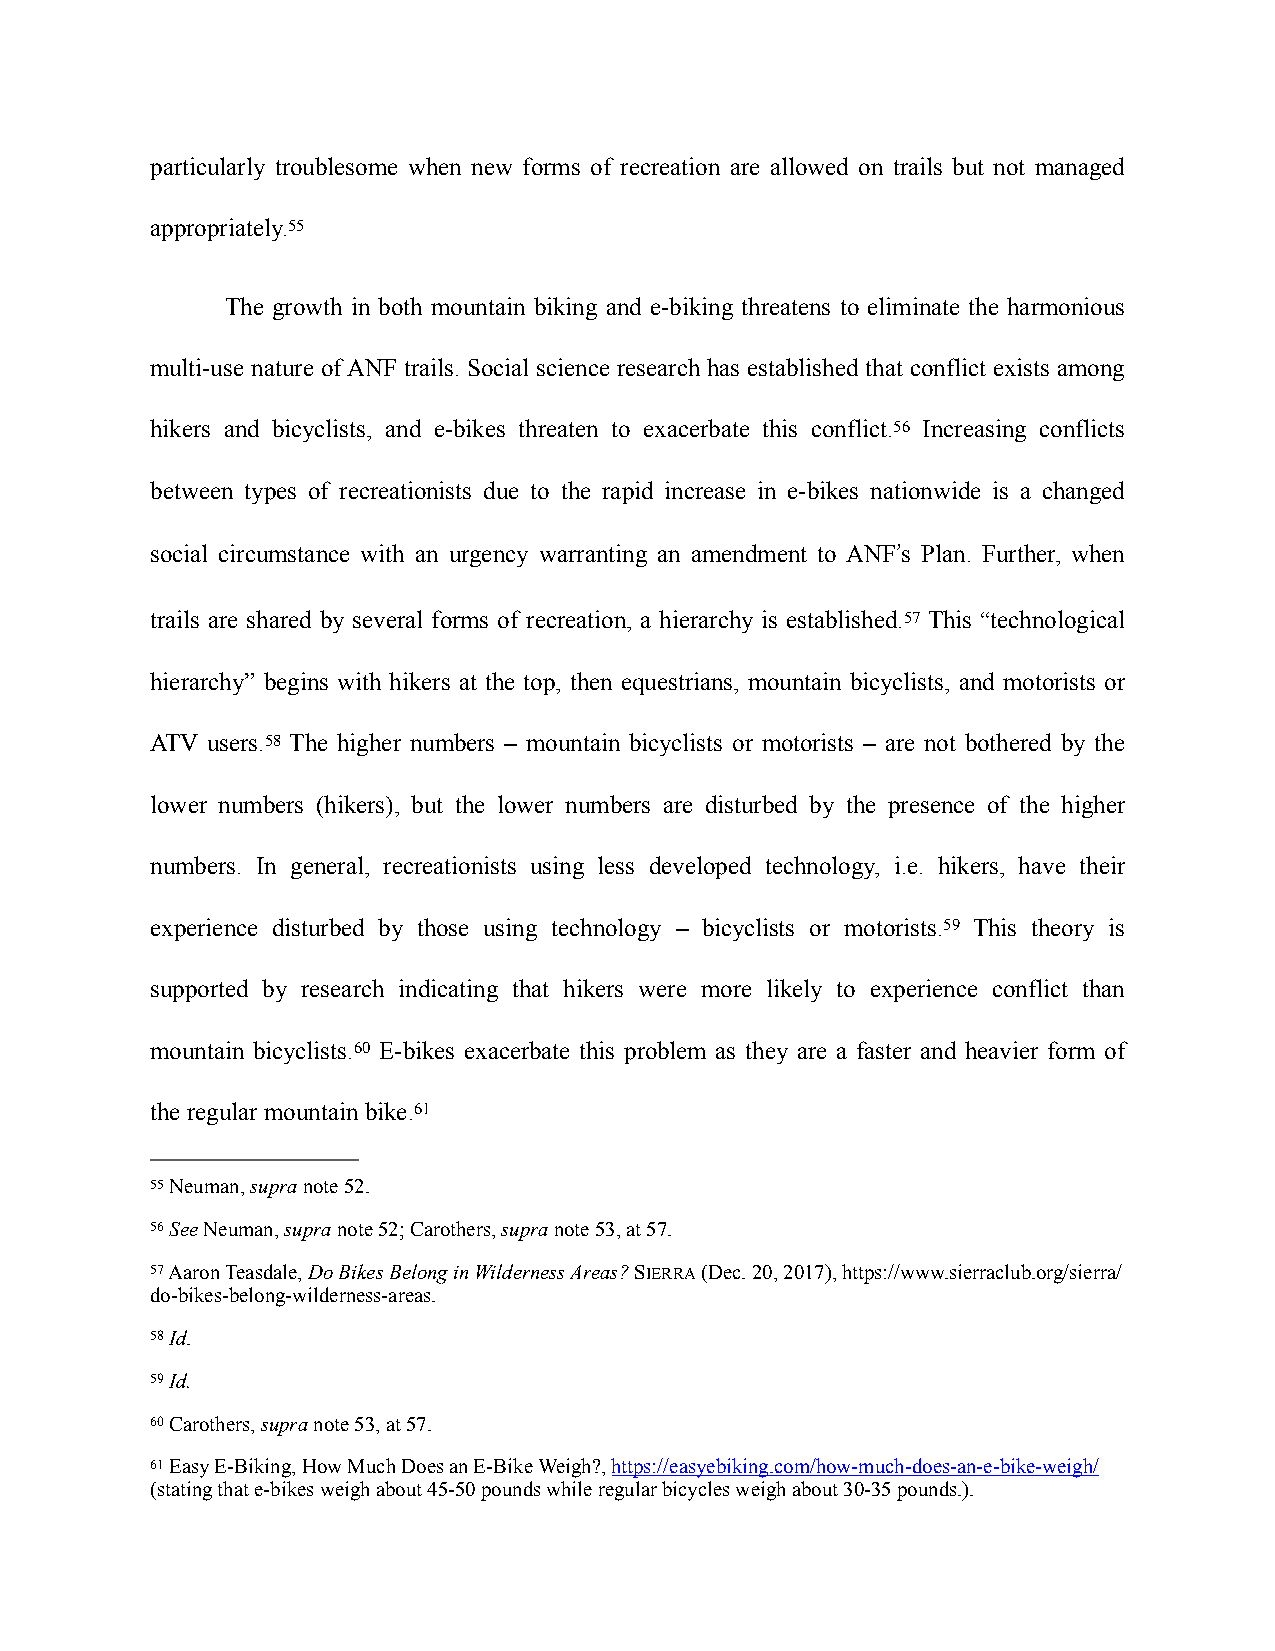
particularly troublesome when new forms of recreation are allowed on trails but not managed
 appropriately.55
 The growth in both mountain biking and e-biking threatens to eliminate the harmonious
 multi-use nature of ANF trails. Social science research has established that conflict exists among
 hikers and bicyclists, and e-bikes threaten to exacerbate this conflict.56 Increasing conflicts
 between types of recreationists due to the rapid increase in e-bikes nationwide is a changed
 social circumstance with an urgency warranting an amendment to ANF’s Plan. Further, when
 trails are shared by several forms of recreation, a hierarchy is established.57 This “technological
 hierarchy” begins with hikers at the top, then equestrians, mountain bicyclists, and motorists or
 ATV users.58 The higher numbers – mountain bicyclists or motorists – are not bothered by the
 lower numbers (hikers), but the lower numbers are disturbed by the presence of the higher
 numbers. In general, recreationists using less developed technology, i.e. hikers, have their
 experience disturbed by those using technology – bicyclists or motorists.59 This theory is
 supported by research indicating that hikers were more likely to experience conflict than
 mountain bicyclists.60 E-bikes exacerbate this problem as they are a faster and heavier form of
 the regular mountain bike.61
 55 Neuman, supra note 52.
 56 See Neuman, supra note 52; Carothers, supra note 53, at 57.
 57 Aaron Teasdale, Do Bikes Belong in Wilderness Areas? SIERRA (Dec. 20, 2017), https://www.sierraclub.org/sierra/
 do-bikes-belong-wilderness-areas.
 58 Id.
 59 Id.
 60 Carothers, supra note 53, at 57.
 61 Easy E-Biking, How Much Does an E-Bike Weigh?, https://easyebiking.com/how-much-does-an-e-bike-weigh/
 (stating that e-bikes weigh about 45-50 pounds while regular bicycles weigh about 30-35 pounds.).